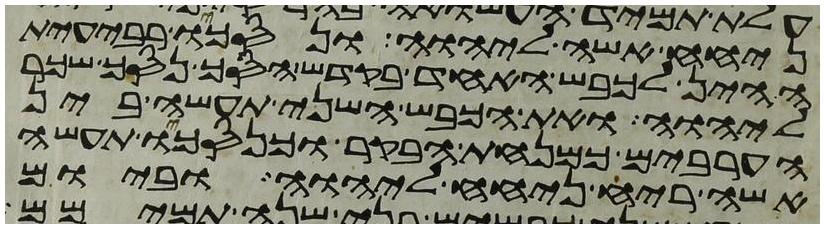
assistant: ניחח אשה ליהוה ונסכו רבעית
ההין לכבש האחד בקדש הסך נסך שכר
ליהוה ואת הכבש השני תעשה בין
הערבים כמנחת הבקר וכנסכו תעשה
אשה ריח ניחח ליהוה וביום